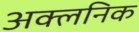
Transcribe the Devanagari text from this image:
अक्लनिक